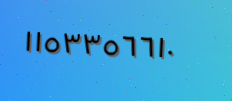
١١٥٣٣٥٦٦١٠